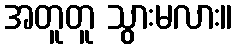
အတူတူ သွားမလား။